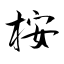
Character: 桉